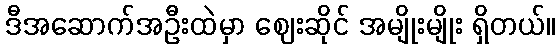
ဒီအဆောက်အဦးထဲမှာ ဈေးဆိုင် အမျိုးမျိုး ရှိတယ်။